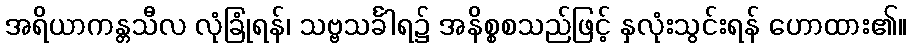
အရိယာကန္တသီလ လုံခြုံရန်၊ သဗ္ဗသင်္ခါရ၌ အနိစ္စစသည်ဖြင့် နှလုံးသွင်းရန် ဟောထား၏။